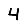
Digit: 4